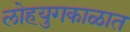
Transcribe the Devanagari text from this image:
लोहयुगकाळात